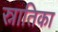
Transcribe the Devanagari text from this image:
स्नातिका